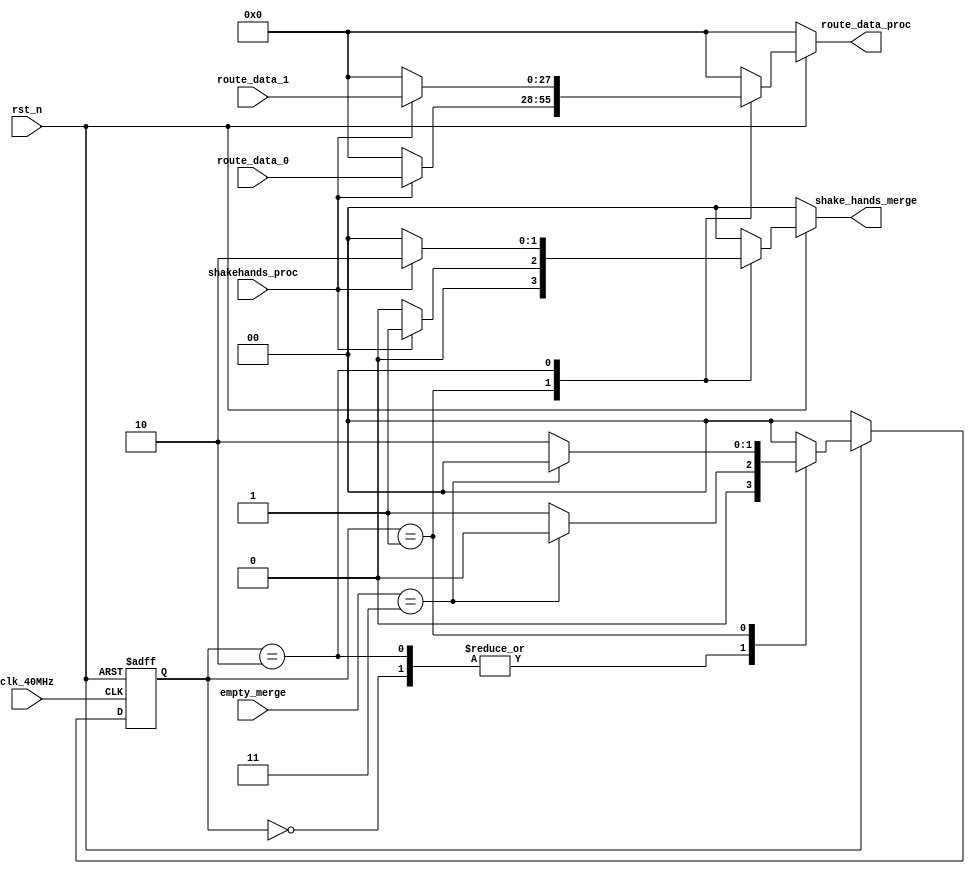
//
module data_route_proc(
	clk_40MHz,
	rst_n,
	route_data_0,
	route_data_1,
	empty_merge,
	shakehands_proc,
	
	route_data_proc,
	shake_hands_merge
);

	input clk_40MHz;
	input rst_n;
	input [27:0] route_data_0;
	input [27:0] route_data_1;

	//fifo
	input [1:0] empty_merge;
	input shakehands_proc;
	
	//output empty_proc;
	output [27:0] route_data_proc;
	output [1:0] shake_hands_merge;
	
	reg [27:0] route_data_proc;
	reg [1:0] shake_hands_merge;
	
	//IDLE2
	reg [1:0] current_state;
	reg [1:0] next_state;
	parameter IDLE = 2'b00;
	parameter Merge_0 = 2'b01;
	parameter Merge_1 = 2'b10;
	

	always @(posedge clk_40MHz or negedge rst_n)
		begin
			if(!rst_n)
				begin
					current_state <= IDLE;
				end
			else
				begin
					current_state <= next_state;
				end
		end
	//0-11-0
	always @(current_state or empty_merge or rst_n)
		begin
			if(!rst_n)
				begin
					next_state = IDLE;
				end
			else
				case(current_state)
					IDLE : 
						begin
							if(empty_merge == 2'b11)//fifo
								begin
									next_state = IDLE;
								end
							else
								begin
									next_state = Merge_0;
								end
						end
					Merge_1 :
						begin
							if(empty_merge == 2'b11)
								begin
									next_state = IDLE;
								end
							else
								begin
									next_state = Merge_0;
								end
						end
					Merge_0 :
						begin
							if(empty_merge == 2'b11)
								begin
									next_state = IDLE;
								end
							else
								begin
									next_state = Merge_1;
								end
						end
					default :
						begin
							next_state = IDLE;
						end
				endcase
		end
	
	always @(current_state or shakehands_proc or route_data_0 or route_data_1 or rst_n)
		begin
			if(!rst_n)
				begin
					route_data_proc = 28'd0;
					shake_hands_merge = 2'd0;
				end
			else 
				case(current_state)
					IDLE :
						begin
							route_data_proc = 28'd0;
							shake_hands_merge = 2'd0;
						end
					Merge_0 : 
						begin
							if(shakehands_proc)
								begin
									route_data_proc = route_data_0;
									shake_hands_merge = 2'b01;
								end
							else
								begin
									route_data_proc = 28'd0;
									shake_hands_merge = 2'd0;
								end
						end
					Merge_1 : 
						begin
							if(shakehands_proc)
								begin
									route_data_proc = route_data_1;
									shake_hands_merge = 2'b10;
								end
							else
								begin
									route_data_proc = 28'd0;
									shake_hands_merge = 2'd0;
								end
						end
					default :
						begin
							route_data_proc = 28'd0;
							shake_hands_merge = 2'd0;
						end
				endcase
		end
	
endmodule